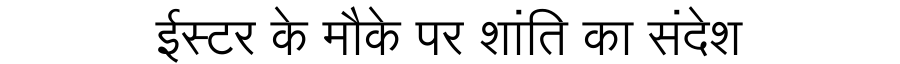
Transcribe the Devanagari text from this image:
ईस्टर के मौके पर शांति का संदेश